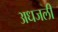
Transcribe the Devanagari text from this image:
अधजली